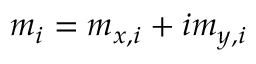
m _ { i } = m _ { x , i } + i m _ { y , i }